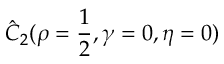
\hat { C } _ { 2 } ( \rho = \frac { 1 } { 2 } , \gamma = 0 , \eta = 0 )